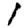
Digit: 1